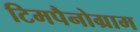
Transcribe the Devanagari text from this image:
टिमपैनोग्राम